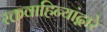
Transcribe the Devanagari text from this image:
रक्तवाहिन्यांद्वारे